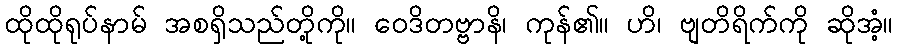
ထိုထိုရုပ်နာမ် အစရှိသည်တို့ကို။ ဝေဒိတဗ္ဗာနိ၊ ကုန်၏။ ဟိ၊ ဗျတိရိက်ကို ဆိုအံ့။